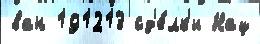
ван 191213 сд'е́лк'и Нац